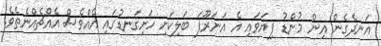
އަނދެގެން އިން މުންޑު ފިޔަވައި އެ އަނަރޫފަ ބަލިކަށި ހަށިގަނޑުގައި އެއްވެސް އެއްޗެއްނެތެވެ.